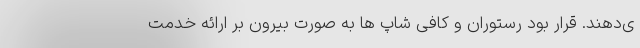
ی‌دهند. قرار بود رستوران و کافی شاپ ها به صورت بیرون بر ارائه خدمت